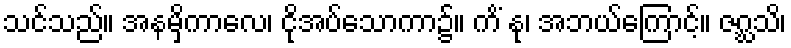
သင်သည်။ အနမှိကာလေ၊ ငိုအပ်သောကာ၌။ ကိံ နု၊ အဘယ်ကြောင့်။ ဇဂ္ဃသိ၊